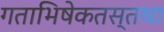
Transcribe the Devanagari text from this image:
गताभिषेकतस्तथा